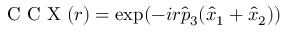
\mathrm { ~ C ~ C ~ X ~ } ( r ) = \exp ( - i r \hat { p } _ { 3 } ( \hat { x } _ { 1 } + \hat { x } _ { 2 } ) )